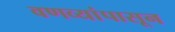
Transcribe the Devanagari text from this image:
वणव्यांपासून